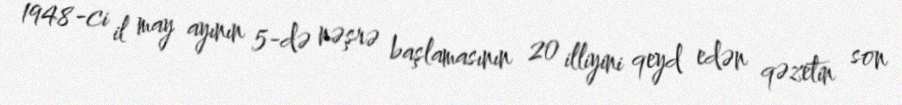
1948-ci il may ayının 5-də nəşrə başlamasının 20 illiyini qeyd edən qəzetin son